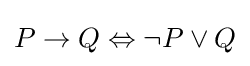
P\to Q\Leftrightarrow \neg P\lor Q